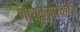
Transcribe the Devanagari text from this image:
णायकुमारचरिअ